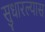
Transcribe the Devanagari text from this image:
सुधारल्यास